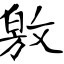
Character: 敫